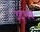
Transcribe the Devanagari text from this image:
उद्‍भव